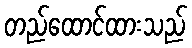
တည်ထောင်ထားသည်